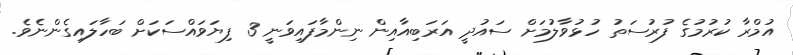
އުމްރާ ކުރުމުގެ ފުރުސަތު ހުޅުވާލުމަށް ސައުދީ އަރަބިއާއިން ނިންމާފައިވަނީ 3 ފިޔަވައްސަކަށް ބަހާލައިގެންނެވެ.